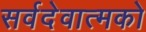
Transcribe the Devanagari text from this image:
सर्वदेवात्मको